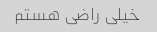
خیلی راضی هستم